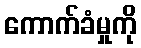
ကောက်ခံမှုကို